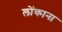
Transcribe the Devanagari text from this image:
लोंकाना